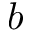
b